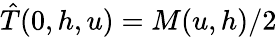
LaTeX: \hat{T}(0,h,u)=M(u,h)/2